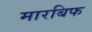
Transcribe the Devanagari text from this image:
मारबिफ